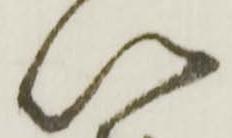
以